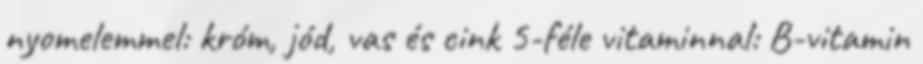
nyomelemmel: króm, jód, vas és cink 5-féle vitaminnal: B-vitamin